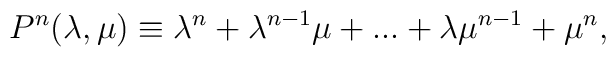
P^n(\lambda ,\mu )\equiv \lambda ^n+\lambda ^{n-1}\mu +...+\lambda \mu^{n-1}+\mu ^n,